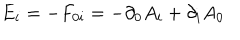
LaTeX: { E _ { i } } = - F _ { 0 i } = - \partial _ { 0 } A _ { i } + \partial _ { i } A _ { 0 }